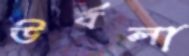
উর্বলা